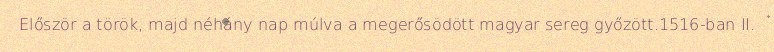
Először a török, majd néhány nap múlva a megerősödött magyar sereg győzött.1516-ban II.